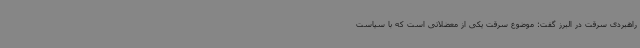
راهبردی سرقت در البرز گفت: موضوع سرقت یکی از معضلاتی است که با سیاست